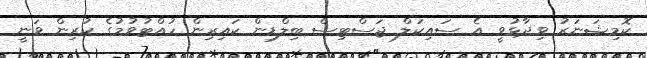
ކޮމިޝަނަރު ވިދާޅުވީ އެ ސައިކަލް ޖަސްޓިސް ބިލްޑިން ކައިރިން ހުއްޓުވުމުގެ ކުރިން ވަނީ